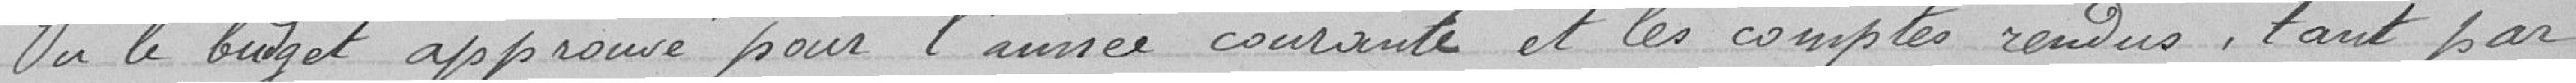
Vu le budget approuvé pour l'année courante et les comptes rendus, tant par